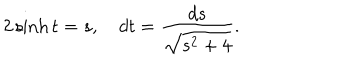
2 \sinh t = s , \quad d t = \frac { d s } { \sqrt { s ^ { 2 } + 4 } } .